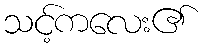
သင့်ကလေး၏